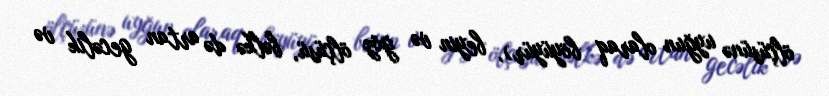
ölçüsünə uyğun olaraq böyüyür), beyin və göz ölçüsü, bəlkə də artan gecəlik və